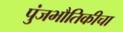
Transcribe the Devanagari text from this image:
पुंजभौतिकीचा